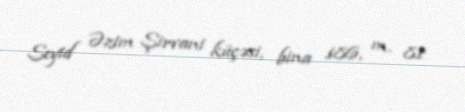
Seyid Əzim Şirvani küçəsi, bina 186, m. 81